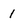
Character: 1